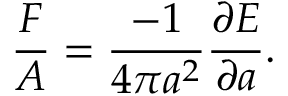
\frac { F } { A } = \frac { - 1 } { 4 \pi a ^ { 2 } } \frac { \partial E } { \partial a } .